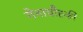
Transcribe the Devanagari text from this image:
गेनाचौस्की